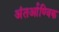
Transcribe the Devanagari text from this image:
अंतर्आण्विक